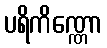
ပရိကိဏ္ဏော